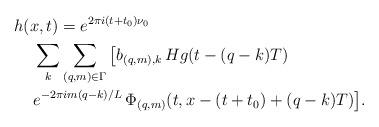
LaTeX: \begin{align*}h(x,t) & = e^{2\pi i (t+ t_0)\nu_0} \\ & \hskip-.25in \sum_k \sum_{(q,m)\in\Gamma} \big[b_{(q,m),k}\,Hg(t - (q-k)T) \\ & \hskip-.25in e^{-2\pi i m(q-k)/L}\,\Phi_{(q,m)}(t,x-(t+t_0)+(q-k)T)\big]. \end{align*}